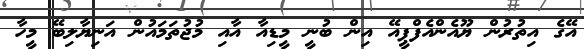
އޭގެ އިތުރުން ޔޫއެންއެފްޕީއޭ އިން ބުނީ މީޑިއާ އާއި މުޖުތަމައުން އަނިޔާލިބޭ މީހާ